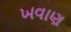
ખવાણ